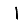
Digit: 1